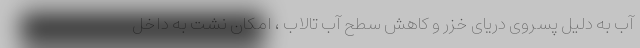
آب به دلیل پسروی دریای خزر و کاهش سطح آب تالاب ، امکان نشت به داخل